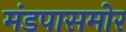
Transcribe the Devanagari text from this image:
मंडपासमोर